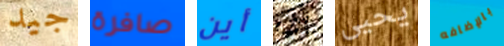
جيد صافرة أين أي يحيى بالإضافه